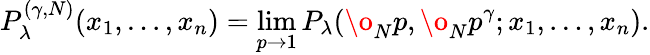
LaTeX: P_{\lambda}^{(\gamma,N)}(x_{1},\dots,x_{n})=\operatorname*{lim}_{p\rightarrow 1}P_{\lambda}(\o_{N}p,\o_{N}p^{\gamma};x_{1},\dots,x_{n}).